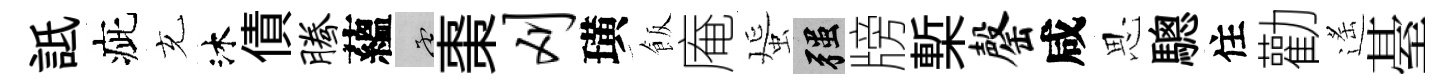
詆疵充沐債腾蘊孟棗刈璜飯庵蜑强牓槧罄咸思驄住勸遙䑓